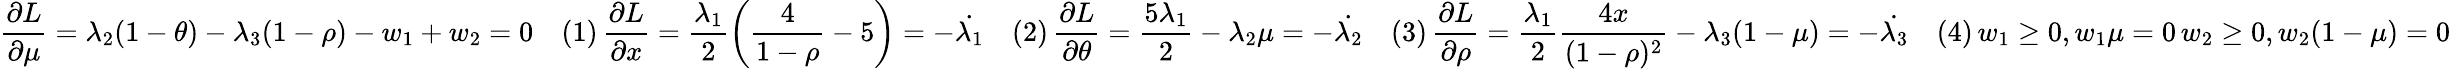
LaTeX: \frac{\partial L}{\partial\mu}=\lambda_{2}(1-\theta)-\lambda_{3}(1-\rho)-w_{1}+w_{2}=0\quad(1)\, \frac{\partial L}{\partial x}=\frac{\lambda_{1}}{2}\left(\frac{4}{1-\rho}-5\right)=-\dot{\lambda_{1}}\quad(2)\, \frac{\partial L}{\partial\theta}=\frac{5\lambda_{1}}{2}-\lambda_{2}\mu=-\dot{\lambda_{2}}\quad(3)\, \frac{\partial L}{\partial\rho}=\frac{\lambda_{1}}{2}\frac{4x}{(1-\rho)^{2}}-\lambda_{3}(1-\mu)=-\dot{\lambda_{3}}\quad(4)\, w_{1}\geq 0,w_{1}\mu=0\, w_{2}\geq 0,w_{2}(1-\mu)=0